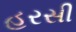
હરસી